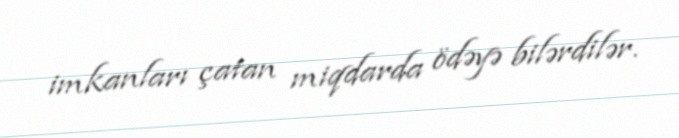
imkanları çatan miqdarda ödəyə bilərdilər.